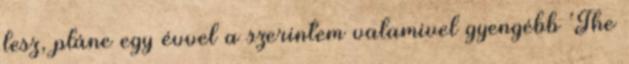
lesz, pláne egy évvel a szerintem valamivel gyengébb ’The